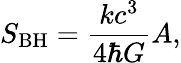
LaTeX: S_{\mathrm{BH}}={\frac{kc^{3}}{4\hbar G}}A,